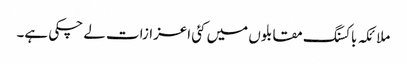
ملائکہ باکسنگ مقابلوں میں کئی اعزازات لے چکی ہے۔